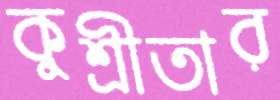
কুশ্রীতার